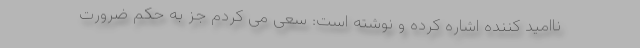
ناامید کننده اشاره کرده و نوشته است: سعی می کردم جز به حکم ضرورت